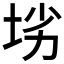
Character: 𱖢